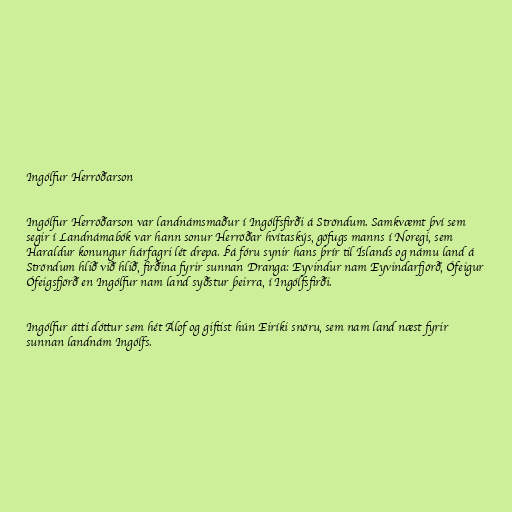
Ingólfur Herröðarson

Ingólfur Herröðarson var landnámsmaður í Ingólfsfirði á Ströndum. Samkvæmt því sem
segir í Landnámabók var hann sonur Herröðar hvítaskýs, göfugs manns í Noregi, sem
Haraldur konungur hárfagri lét drepa. Þá fóru synir hans þrír til Íslands og námu land á
Ströndum hlið við hlið, firðina fyrir sunnan Dranga: Eyvindur nam Eyvindarfjörð, Ófeigur
Ófeigsfjörð en Ingólfur nam land syðstur þeirra, í Ingólfsfirði.

Ingólfur átti dóttur sem hét Álof og giftist hún Eiríki snöru, sem nam land næst fyrir
sunnan landnám Ingólfs.